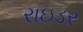
રાઇડર